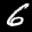
Label: 6